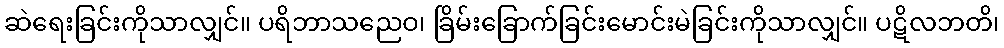
ဆဲရေးခြင်းကိုသာလျှင်။ ပရိဘာသညေဝ၊ ခြိမ်းခြောက်ခြင်းမောင်းမဲခြင်းကိုသာလျှင်။ ပဋိလဘတိ၊